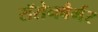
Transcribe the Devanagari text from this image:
रॉसेनबैर्गर